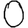
Digit: 0